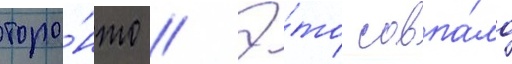
торо́нто // Э́то совпа́ло